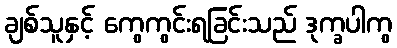
ချစ်သူနှင့် ကွေကွင်းရခြင်းသည် ဒုက္ခပါကွ